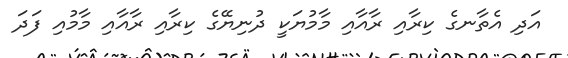
އަދި އެތާނގެ ކިރާއި ރާއާއި މާމުޔަކީ ދުނިޔޭގެ ކިރާއި ރާއާއި މާމުއި ފަދަ